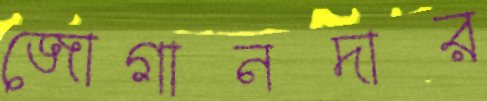
জোগানদার